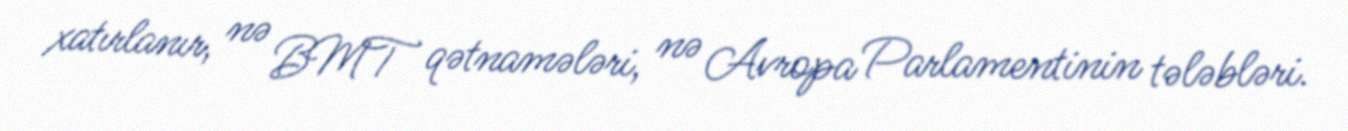
xatırlanır, nə BMT qətnamələri, nə Avropa Parlamentinin tələbləri.